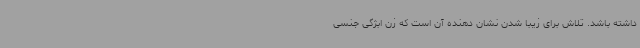
داشته باشد. تلاش برای زیبا شدن نشان دهنده آن است که زن ابژگی جنسی